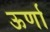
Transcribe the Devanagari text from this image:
ऊर्णा